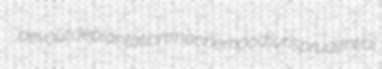
devout deplantation mannerhood jurisprudential